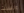
ونسيت